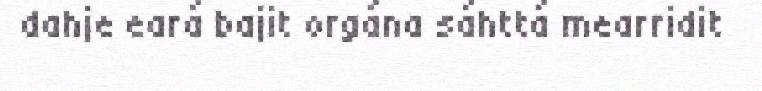
dahje eará bajit orgána sáhttá mearridit